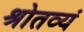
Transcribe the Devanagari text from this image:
श्रोतव्यं